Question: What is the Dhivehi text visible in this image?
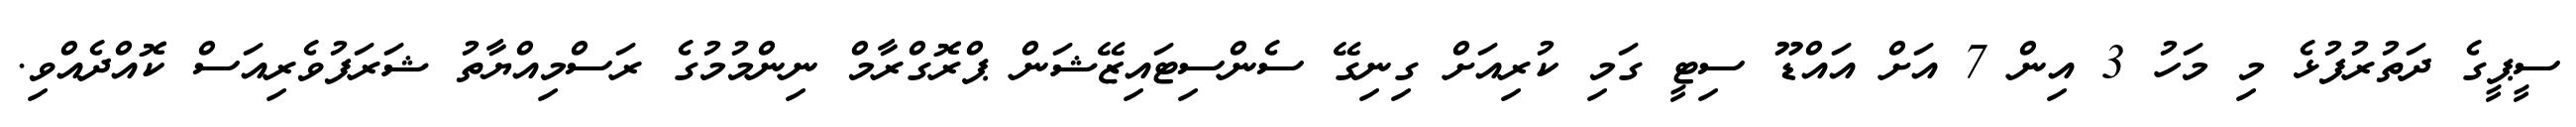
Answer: ސީޕީގެ ދަތުރުފުޅެ މި މަހު 3 އިން 7 އަށް އައްޑޫ ސިޓީ ގަމި ކުރިއަށް ގިނިގޭ ސެންސިޓައިޒޭޝަން ޕްރޮގްރާމް ނިންމުމުގެ ރަސްމިއްޔާތު ޝަރަފުވެރިއަސް ކޮއްދެއްވި.